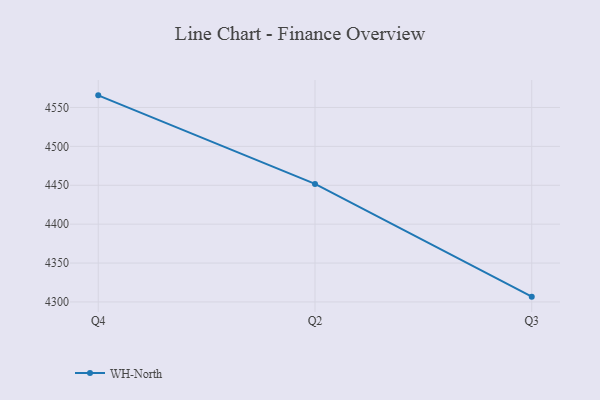
{"axis": {"x": "Quarter", "y": "Page Views"}, "legend": ["WH-North"], "data": [{"x": "Q4", "y": 4565.6, "type": "WH-North"}, {"x": "Q2", "y": 4451.7, "type": "WH-North"}, {"x": "Q3", "y": 4306.8, "type": "WH-North"}]}